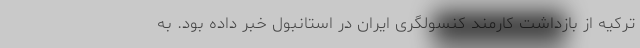
ترکیه از بازداشت کارمند کنسولگری ایران در استانبول خبر داده بود. به